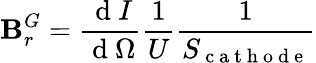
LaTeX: \mathbf{B}_{r}^{G}=\frac{{\mathrm{{~d~}}I}}{{\mathrm{{~d~}}\Omega}}\frac{{1}}{{U}}\frac{{1}}{{S_{\mathrm{{~c~a~t~h~o~d~e~}}}}}